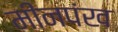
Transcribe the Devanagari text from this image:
मीनपंख